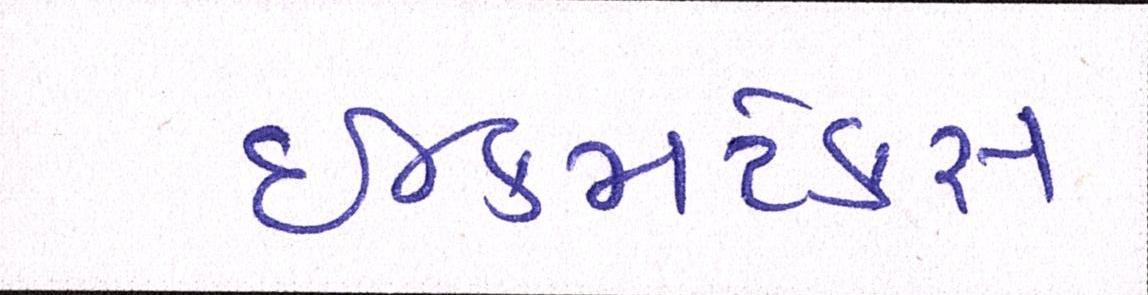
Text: ઈન્કમટેક્સ